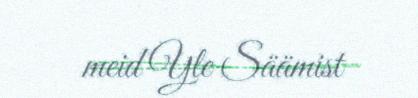
meid Yle Säämist